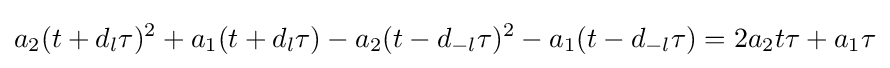
a_{2}(t+d_{l}\tau )^{2}+a_{1}(t+d_{l}\tau )-a_{2}(t-d_{-l}\tau )^{2}-a_{1}(t-d_{-l}\tau )=2a_{2}t\tau +a_{1}\tau